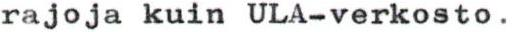
rajoja kuin ULA-verkosto.